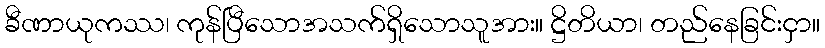
ခီဏာယုကဿ၊ ကုန်ပြီသောအသက်ရှိသောသူအား။ ဋ္ဌိတိယာ၊ တည်နေခြင်းငှာ။